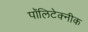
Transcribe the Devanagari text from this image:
पॉलिटेक्‍नीक